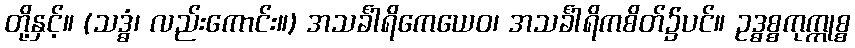
တို့နှင့်။ (သဒ္ဓံ၊ လည်းကောင်း။) အသင်္ခါရိကေယေဝ၊ အသင်္ခါရိကစိတ်၌ပင်။ ဥဒ္ဓစ္စကုက္ကုစ္စ